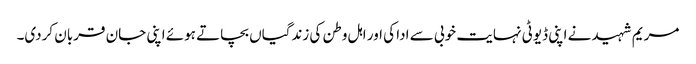
مریم شہید نے اپنی ڈیوٹی نہایت خوبی سے ادا کی اور اہل وطن کی زندگیاں بچاتے ہوئے اپنی جان قربان کردی۔